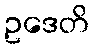
ဥဒေတိ